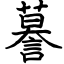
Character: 謩